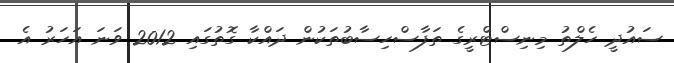
ސައުދީ ހެލްތު މިނިސްޓްރީގެ ތަފާސްހިސާބުތަކުން ދައްކާ ގޮތުގައި 2012 ވަނަ އަހަރު އެ